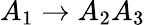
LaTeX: A_{1}\rightarrow A_{2}A_{3}